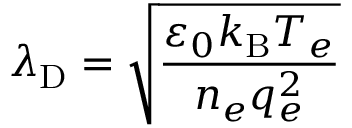
\lambda _ { \mathrm { { D } } } = { \sqrt { \frac { \varepsilon _ { 0 } k _ { \mathrm { { B } } } T _ { e } } { n _ { e } q _ { e } ^ { 2 } } } }